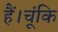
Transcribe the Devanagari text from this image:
हैं।चूंकि